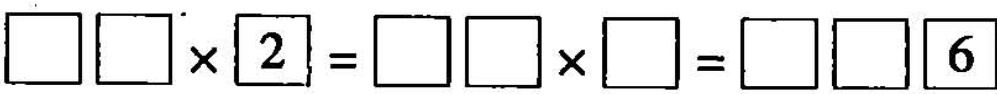
$$\Box \Box \times 2 = \Box \Box \times \Box = \Box \Box 6$$